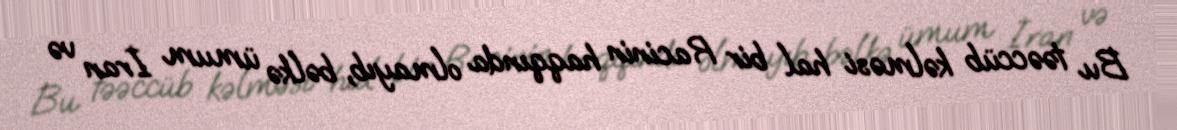
Bu təəccüb kəlməsi hal bir Racinin haqqında olmayıb, bəlkə ümum İran və